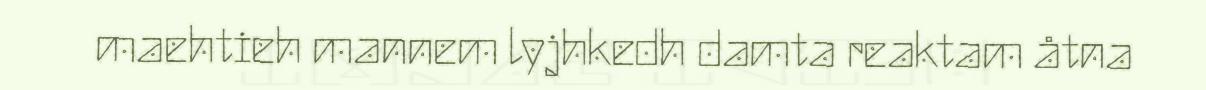
maehtieh mannem lyjhkedh damta reaktam åtna